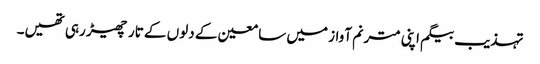
تہذیب بیگم اپنی مترنم آواز میں سامعین کے دلوں کے تار چھیڑ رہی تھیں۔